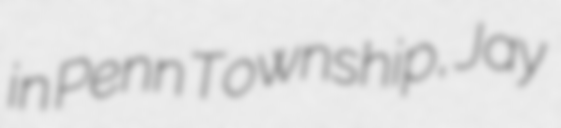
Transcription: in Penn Township, Jay